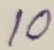
Text: 10